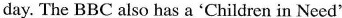
day.The BBC also has a 'Children in Need'